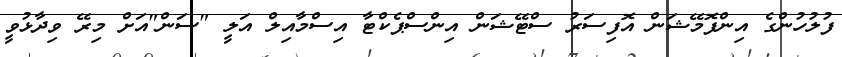
ފުލުހުންގެ އިންފޮމޭޝަން އޮފިސަރު ސްޓޭޝަން އިންސްޕެކްޓާ އިސްމާއިލް އަލީ "ސަން"އަށް މިރޭ ވިދާޅުވީ